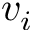
v _ { i }